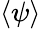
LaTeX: \langle\psi\rangle